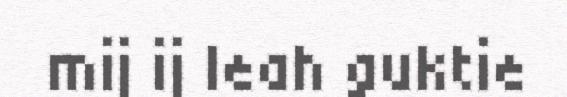
mij ij leah guktie